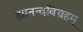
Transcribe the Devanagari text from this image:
ह्यानन्दविग्रहम्